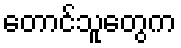
တောင်သူတွေက